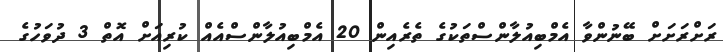
ރަށްރަށަށް ބޭނުންވާ އެމްބިއުލާންސްތަކުގެ ތެރެއިން 20 އެމްބިއުލާންސްއެއް ކުރިއަށް އޮތް 3 ދުވަހުގެ